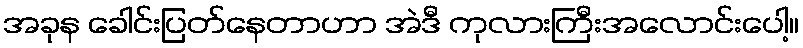
အခုန ခေါင်းပြတ်နေတာဟာ အဲဒီ ကုလားကြီးအလောင်းပေါ့။